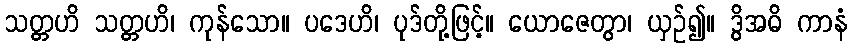
သတ္တဟိ သတ္တဟိ၊ ကုန်သော။ ပဒေဟိ၊ ပုဒ်တို့ဖြင့်။ ယောဇေတွာ၊ ယှဉ်၍။ ဒွိအဓိ ကာနံ